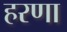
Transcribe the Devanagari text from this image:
हरणा